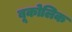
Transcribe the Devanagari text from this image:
बूकोलिक